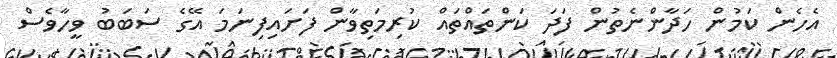
އެހެން ކަމުން ހަދާންނެތުން ފަދަ ކަންތައްތައް ކުރިމަތިވާން ފަށައިފިނަމަ އޭގެ ސަބަބު ވީހާވެސް